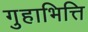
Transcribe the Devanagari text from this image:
गुहाभित्ति